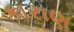
કારાણ